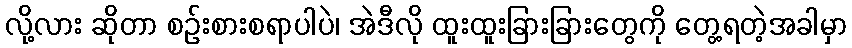
လို့လား ဆိုတာ စဉ်းစားစရာပါပဲ၊ အဲဒီလို ထူးထူးခြားခြားတွေကို တွေ့ရတဲ့အခါမှာ